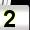
Digit: 2